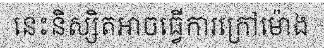
នេះនិស្សិតអាចធ្វើការក្រៅម៉ោង